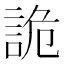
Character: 詭